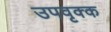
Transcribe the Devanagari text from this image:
उपवृक्क